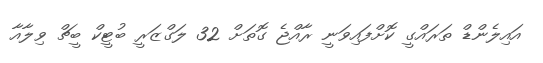
އައިލެންޑް ތަރައްގީ ކޮށްފައިވަނީ ރާއްޖެ ގޮތަށް 32 ލަގްޒަރީ ބުޓީކް ބީޗް ވިލާއާ